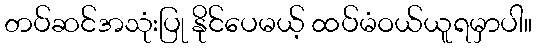
တပ်ဆင်အသုံးပြု နိုင်ပေမယ့် ထပ်မံဝယ်ယူရမှာပါ။